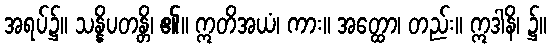
အရပ်၌။ သန္နိပတန္တိ၊ ၏။ ဣတိအယံ၊ ကား။ အတ္ထော၊ တည်း။ ဣဒါနိ၊ ၌။